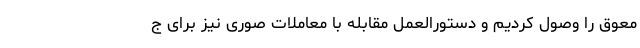
معوق را وصول کردیم و دستورالعمل مقابله با معاملات صوری نیز برای ج